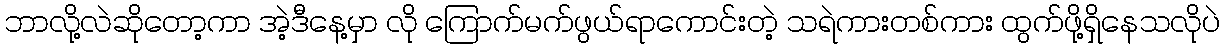
ဘာလို့လဲဆိုတော့ကာ အဲ့ဒီနေ့မှာ လို ကြောက်မက်ဖွယ်ရာကောင်းတဲ့ သရဲကားတစ်ကား ထွက်ဖို့ရှိနေသလိုပဲ